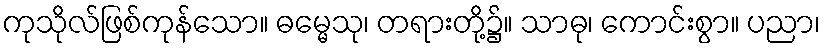
ကုသိုလ်ဖြစ်ကုန်သော။ ဓမ္မေသု၊ တရားတို့၌။ သာဓု၊ ကောင်းစွာ။ ပညာ၊